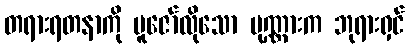
တရားရတနာကို ပူဇော်လိုသော ပုဏ္ဏားက ဘုရားရှင်